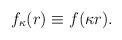
LaTeX: \begin{align*}f_\kappa (r) \equiv f(\kappa r).\end{align*}